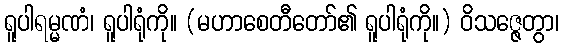
ရူပါရမ္မဏံ၊ ရူပါရုံကို။ (မဟာစေတီတော်၏ ရူပါရုံကို။) ဝိသဇ္ဇေတွာ၊